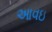
આવઇ